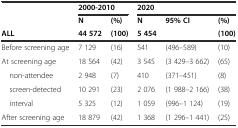
<table><thead><tr><td></td><td colspan="2"><b>2000-2010</b></td><td colspan="3"><b>2020</b></td></tr><tr><td></td><td><b>N</b></td><td><b>(%)</b></td><td><b>N</b></td><td><b>95% CI</b></td><td><b>(%)</b></td></tr><tr><td><b>ALL</b></td><td><b>44 572</b></td><td><b>(100)</b></td><td><b>5 454</b></td><td></td><td><b>(100)</b></td></tr></thead><tbody><tr><td>Before screening age</td><td>7 129</td><td>(16)</td><td>541</td><td>(496–589)</td><td>(10)</td></tr><tr><td>At screening age</td><td>18 564</td><td>(42)</td><td>3 545</td><td>(3 429–3 662)</td><td>(65)</td></tr><tr><td> non-attendee</td><td>2 948</td><td>(7)</td><td>410</td><td>(371–451)</td><td>(8)</td></tr><tr><td> screen-detected</td><td>10 291</td><td>(23)</td><td>2 076</td><td>(1 988–2 166)</td><td>(38)</td></tr><tr><td> interval</td><td>5 325</td><td>(12)</td><td>1 059</td><td>(996–1 124)</td><td>(19)</td></tr><tr><td>After screening age</td><td>18 879</td><td>(42)</td><td>1 368</td><td>(1 296–1 441)</td><td>(25)</td></tr></tbody></table>